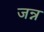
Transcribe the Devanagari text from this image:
जन्न